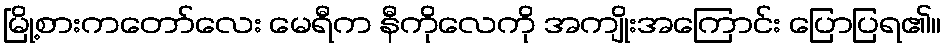
မြို့စားကတော်လေး မေရီက နီကိုလေကို အကျိုးအကြောင်း ပြောပြရ၏။